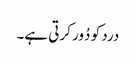
درد کو دُور کرتی ہے۔